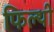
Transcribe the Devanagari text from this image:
फिल्थी